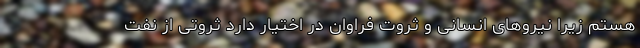
هستم زیرا نیروهای انسانی و ثروت فراوان در اختیار دارد ثروتی از نفت